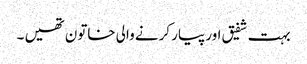
بہت شفیق اور پیار کرنے والی خاتون تھیں ۔